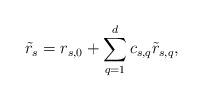
LaTeX: \begin{align*}\tilde{r}_s = r_{s,0} + \sum_{q=1}^d c_{s,q} \tilde{r}_{s,q},\end{align*}